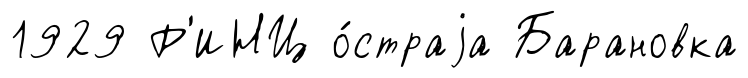
1929 Р'ИНЦ о́страjа Барановка